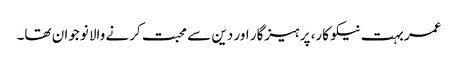
عمر بہت نیکو کار، پرہیزگار اور دین سے محبت کرنے والا نوجوان تھا۔